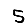
Digit: 5